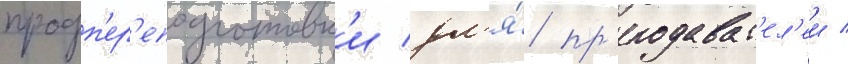
профп'ер'еподготовк'и дл'я́ пр'еподават'ел'еи /